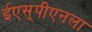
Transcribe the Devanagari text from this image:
ईएस्‌पीएनला